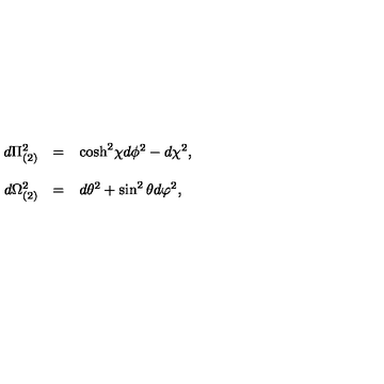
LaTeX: \begin{array} { r c l } { d \Pi _ { ( 2 ) } ^ { 2 } } & { = } & { \mathrm { c o s h } ^ { 2 } \chi d \phi ^ { 2 } - d \chi ^ { 2 } , } \\ { } & { } & { } \\ { d \Omega _ { ( 2 ) } ^ { 2 } } & { = } & { d \theta ^ { 2 } + \sin ^ { 2 } { \theta } d \varphi ^ { 2 } , } \\ \end{array}